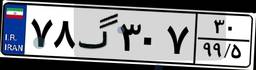
۷۸گ۳۰۷۳۰